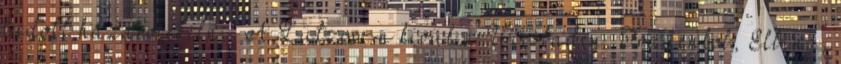
tudott hazaevickélni. A Lützow-n kívül a Wiesbaden, Frauenlob, Elbing,